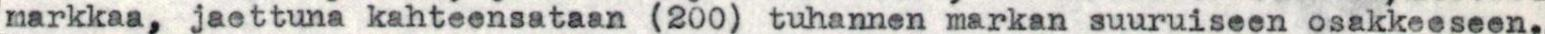
markkaa, jaettuna kahteensataan (200) tuhannen markan suuruiseen osakkeeseen.